Bréfritari: Helgi Johnson
Viðtakandi: Jón Borgfirðings Jónsson
Dagsetning: A-1858-01-25
Skrifað á: Skarfsstöðum  Dal.

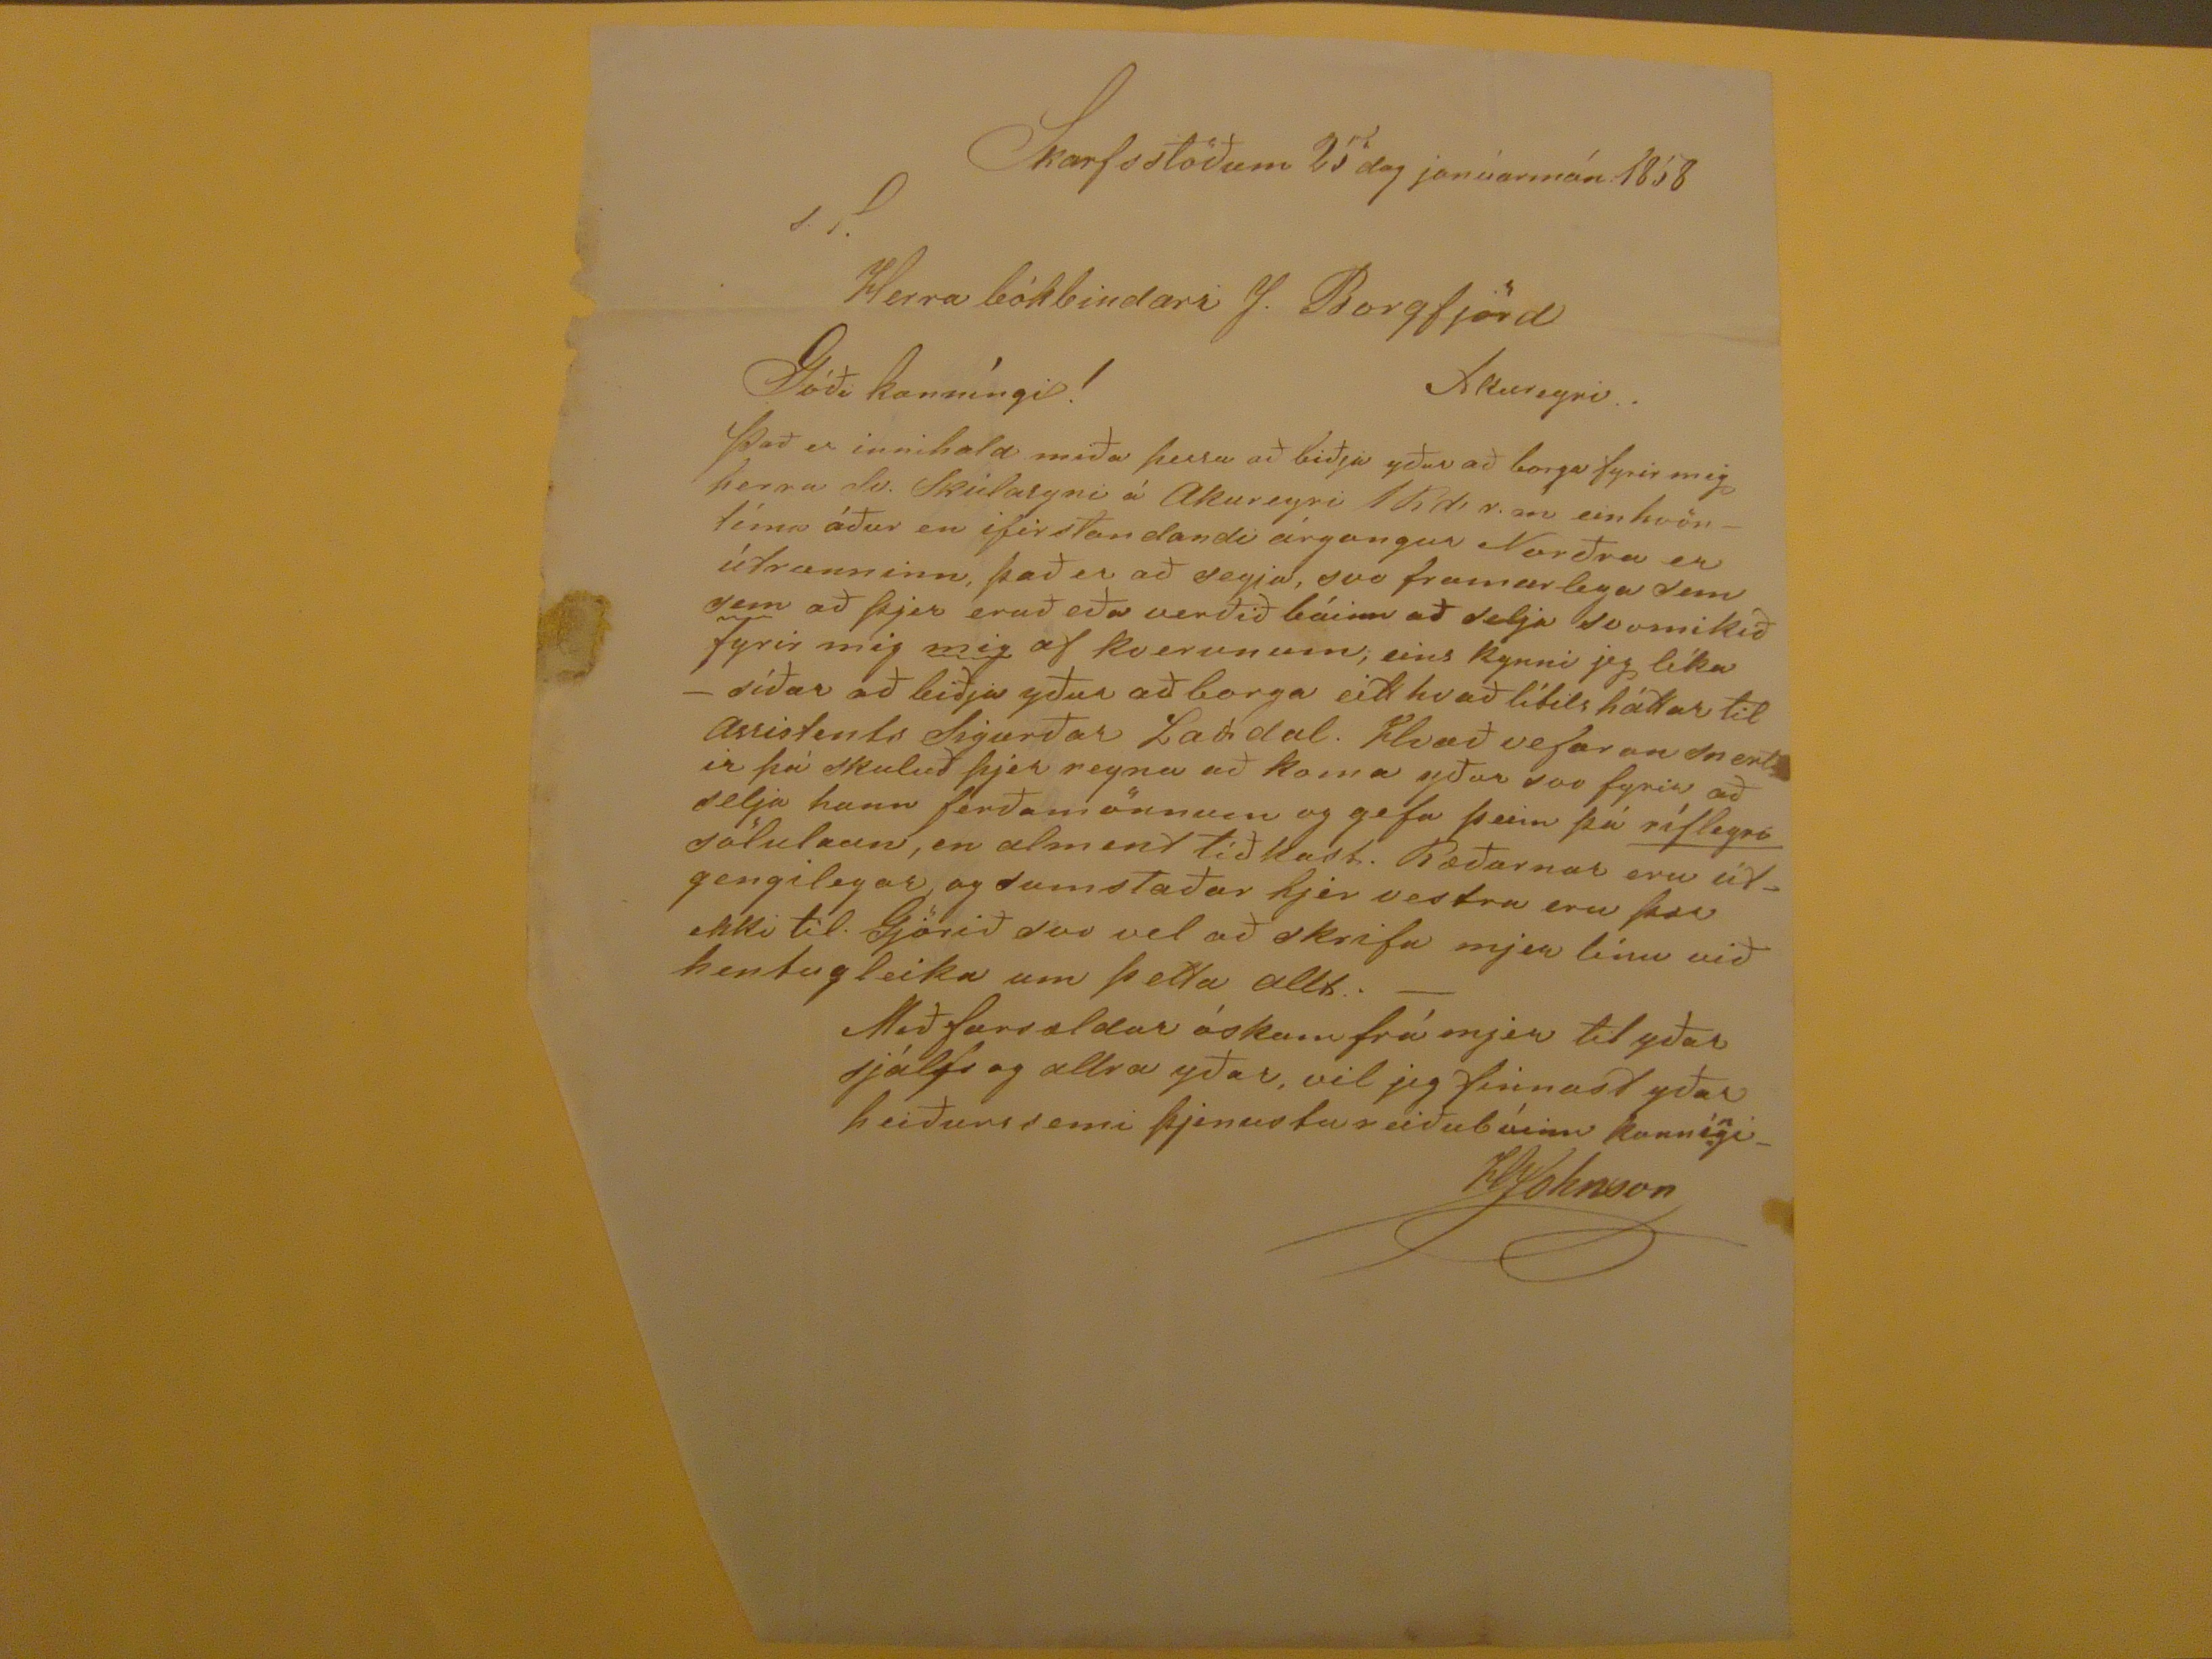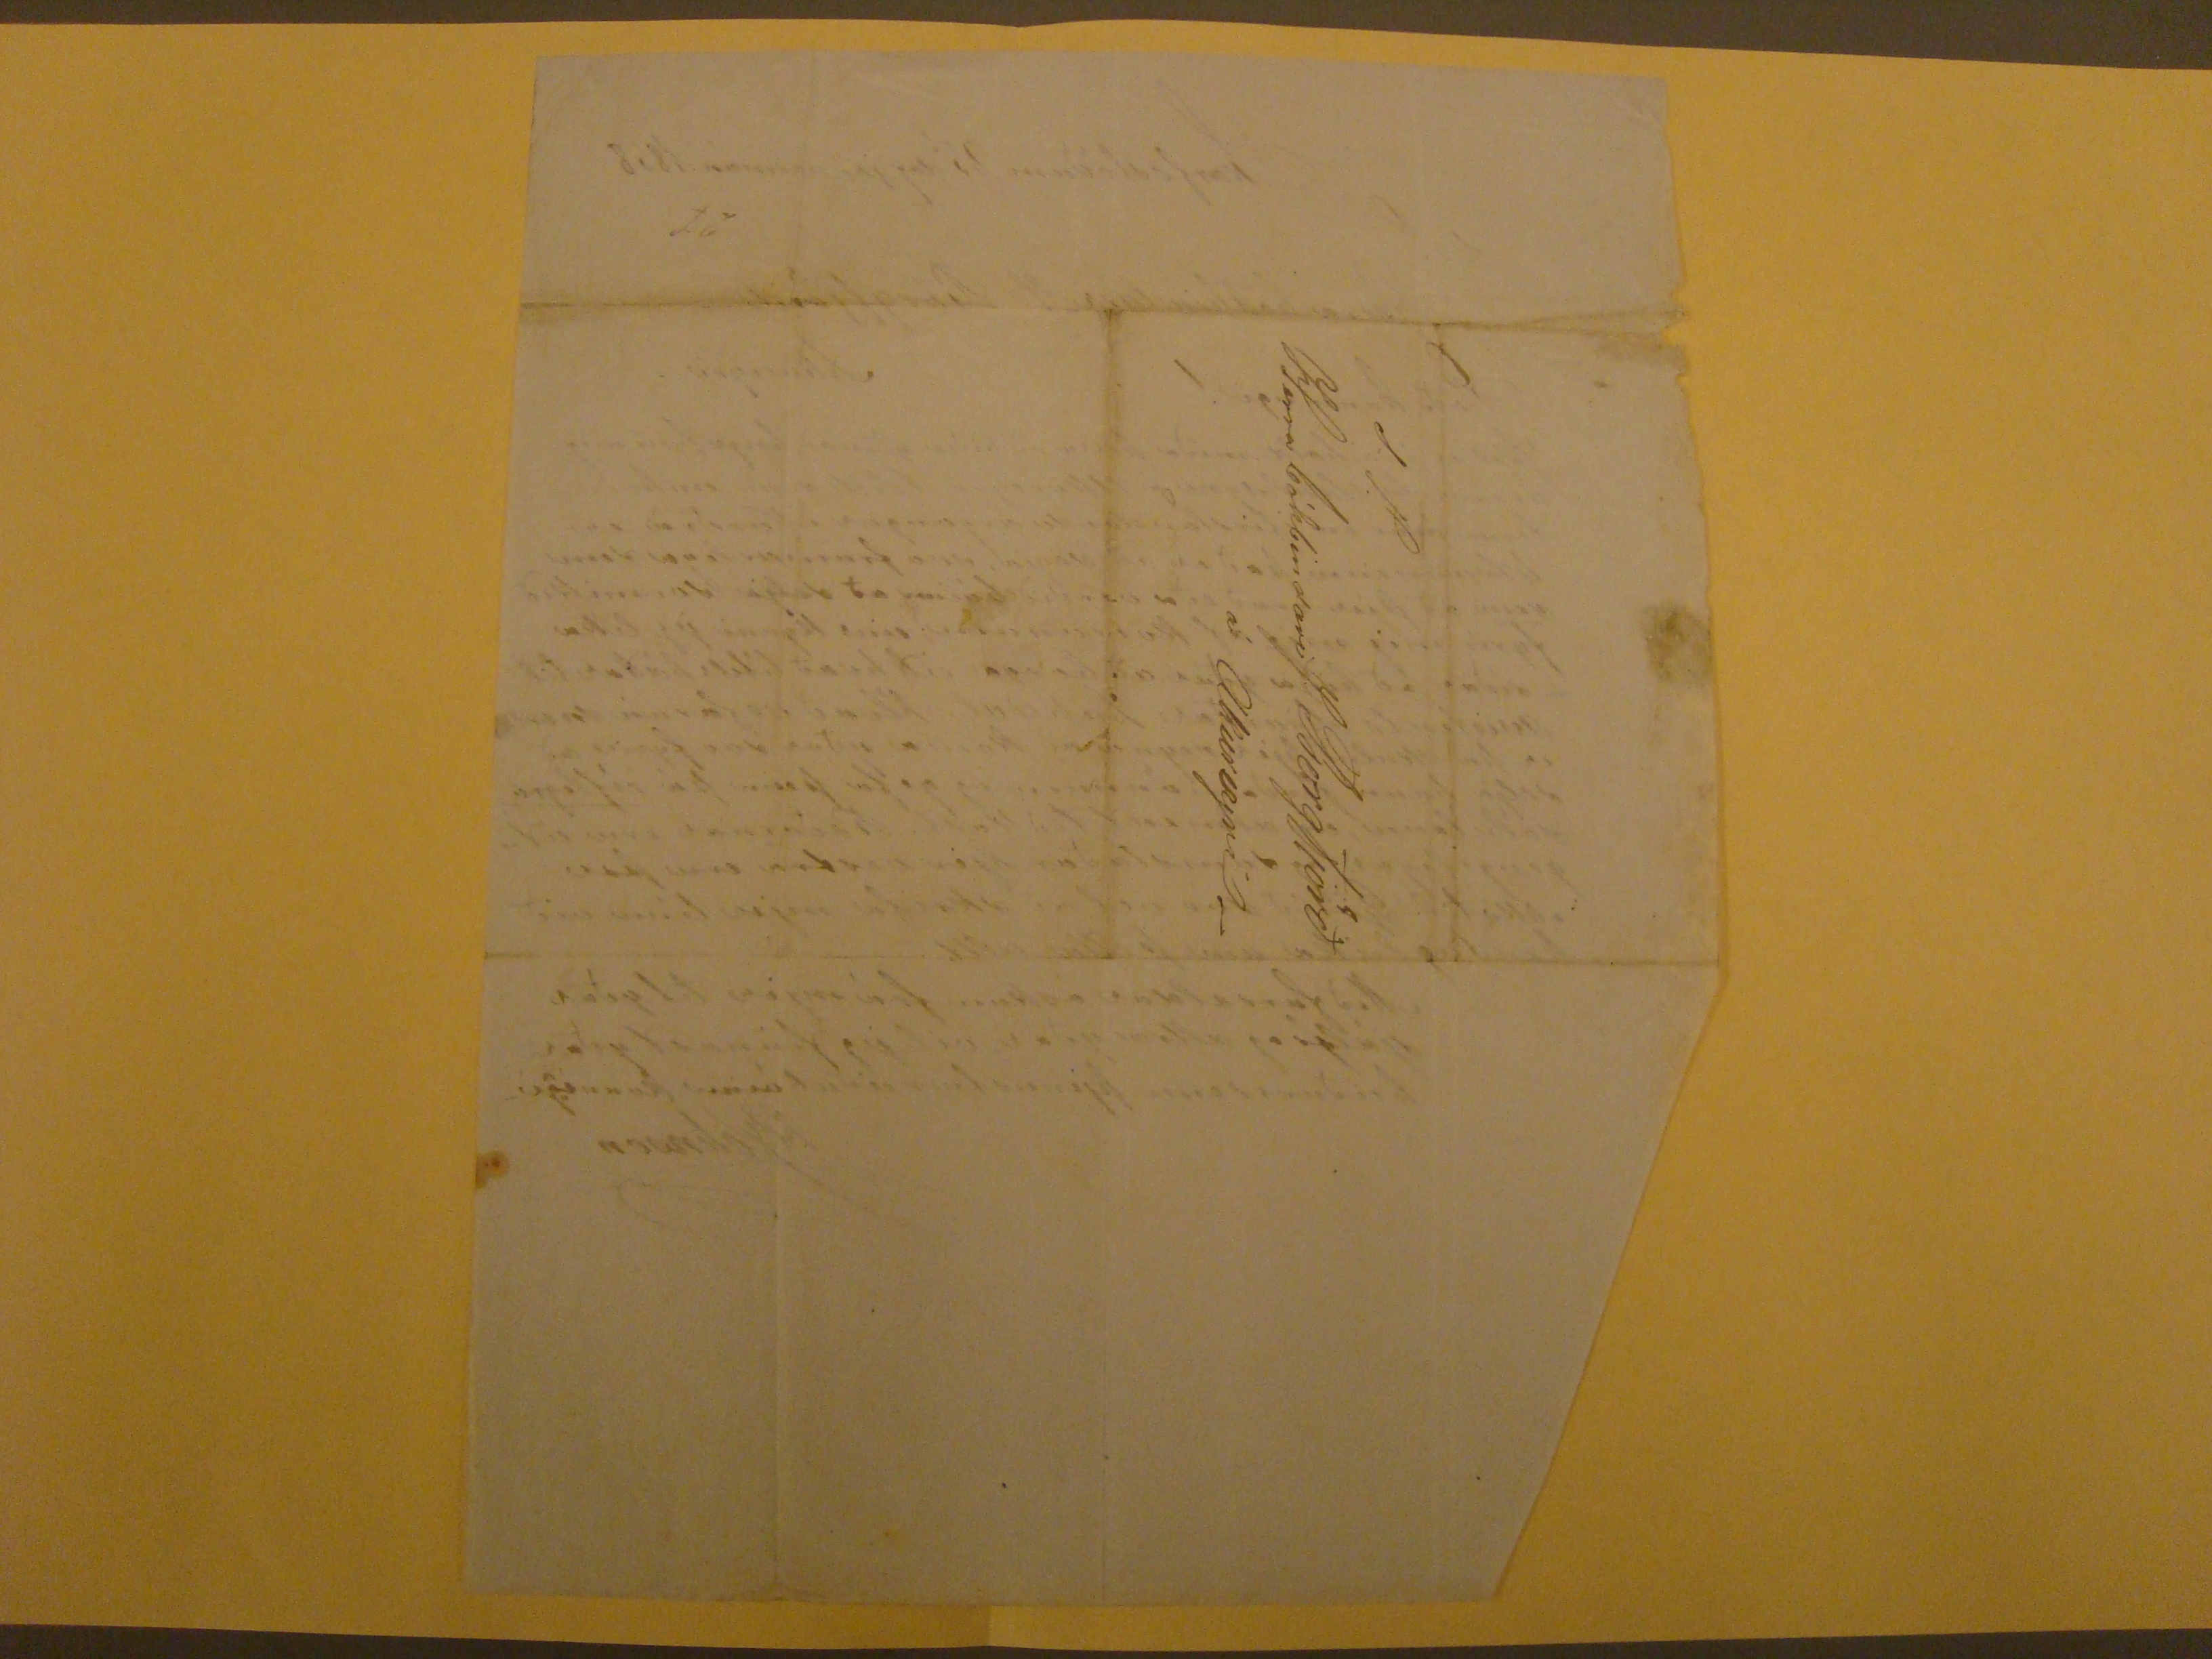

Skarfsstöðum 25 dag janúarmán 1858
ST
Herra bókbindari J. Borgfjörd Akureyri
Góði kunníngi!
Það er innihald miða þessa að biðja yður að borga fyrir mig herra Sv. Skúlasyni á Akureyri 1 Rd r. m einhvöntíma áður en ifir standandi árgangur Norðra er útrunninn, það er að segja, svo framarlega sem
sem
að þjer eruð eða verðið búinn að selja svomikið fyrir mig
mig
af kverunum, eins kynni jeg líka - síðar að biðja yður að borga eitthvað lítilsháttar til
Arsistents
Sigurðar Laxdal. Hvað vefaran snertir þá skuluð þjer reyna að kojma yður svo fyrir að selja hann ferðamönnum og gefa þeim þá
ríflegra
sölulaun, en alment tíðkast. Ræðurnar eru útgengilegar og sumstaðar hjer vestra eru þær ekki til. Gjörið svo vel að skrifa mjer línu við hentugleika um þetta allt. -
Með farsældar óskum frá mjer til yðar sjálfs og allra yðar, vil jeg finnast yðar heiðurssemi þjenustureiðubúinn kunní
n
gi
HJohnson
S.T.
Herra bókbindari J Borgfjörð
á Akureyri